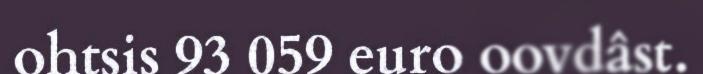
ohtsis 93 059 euro oovdâst.